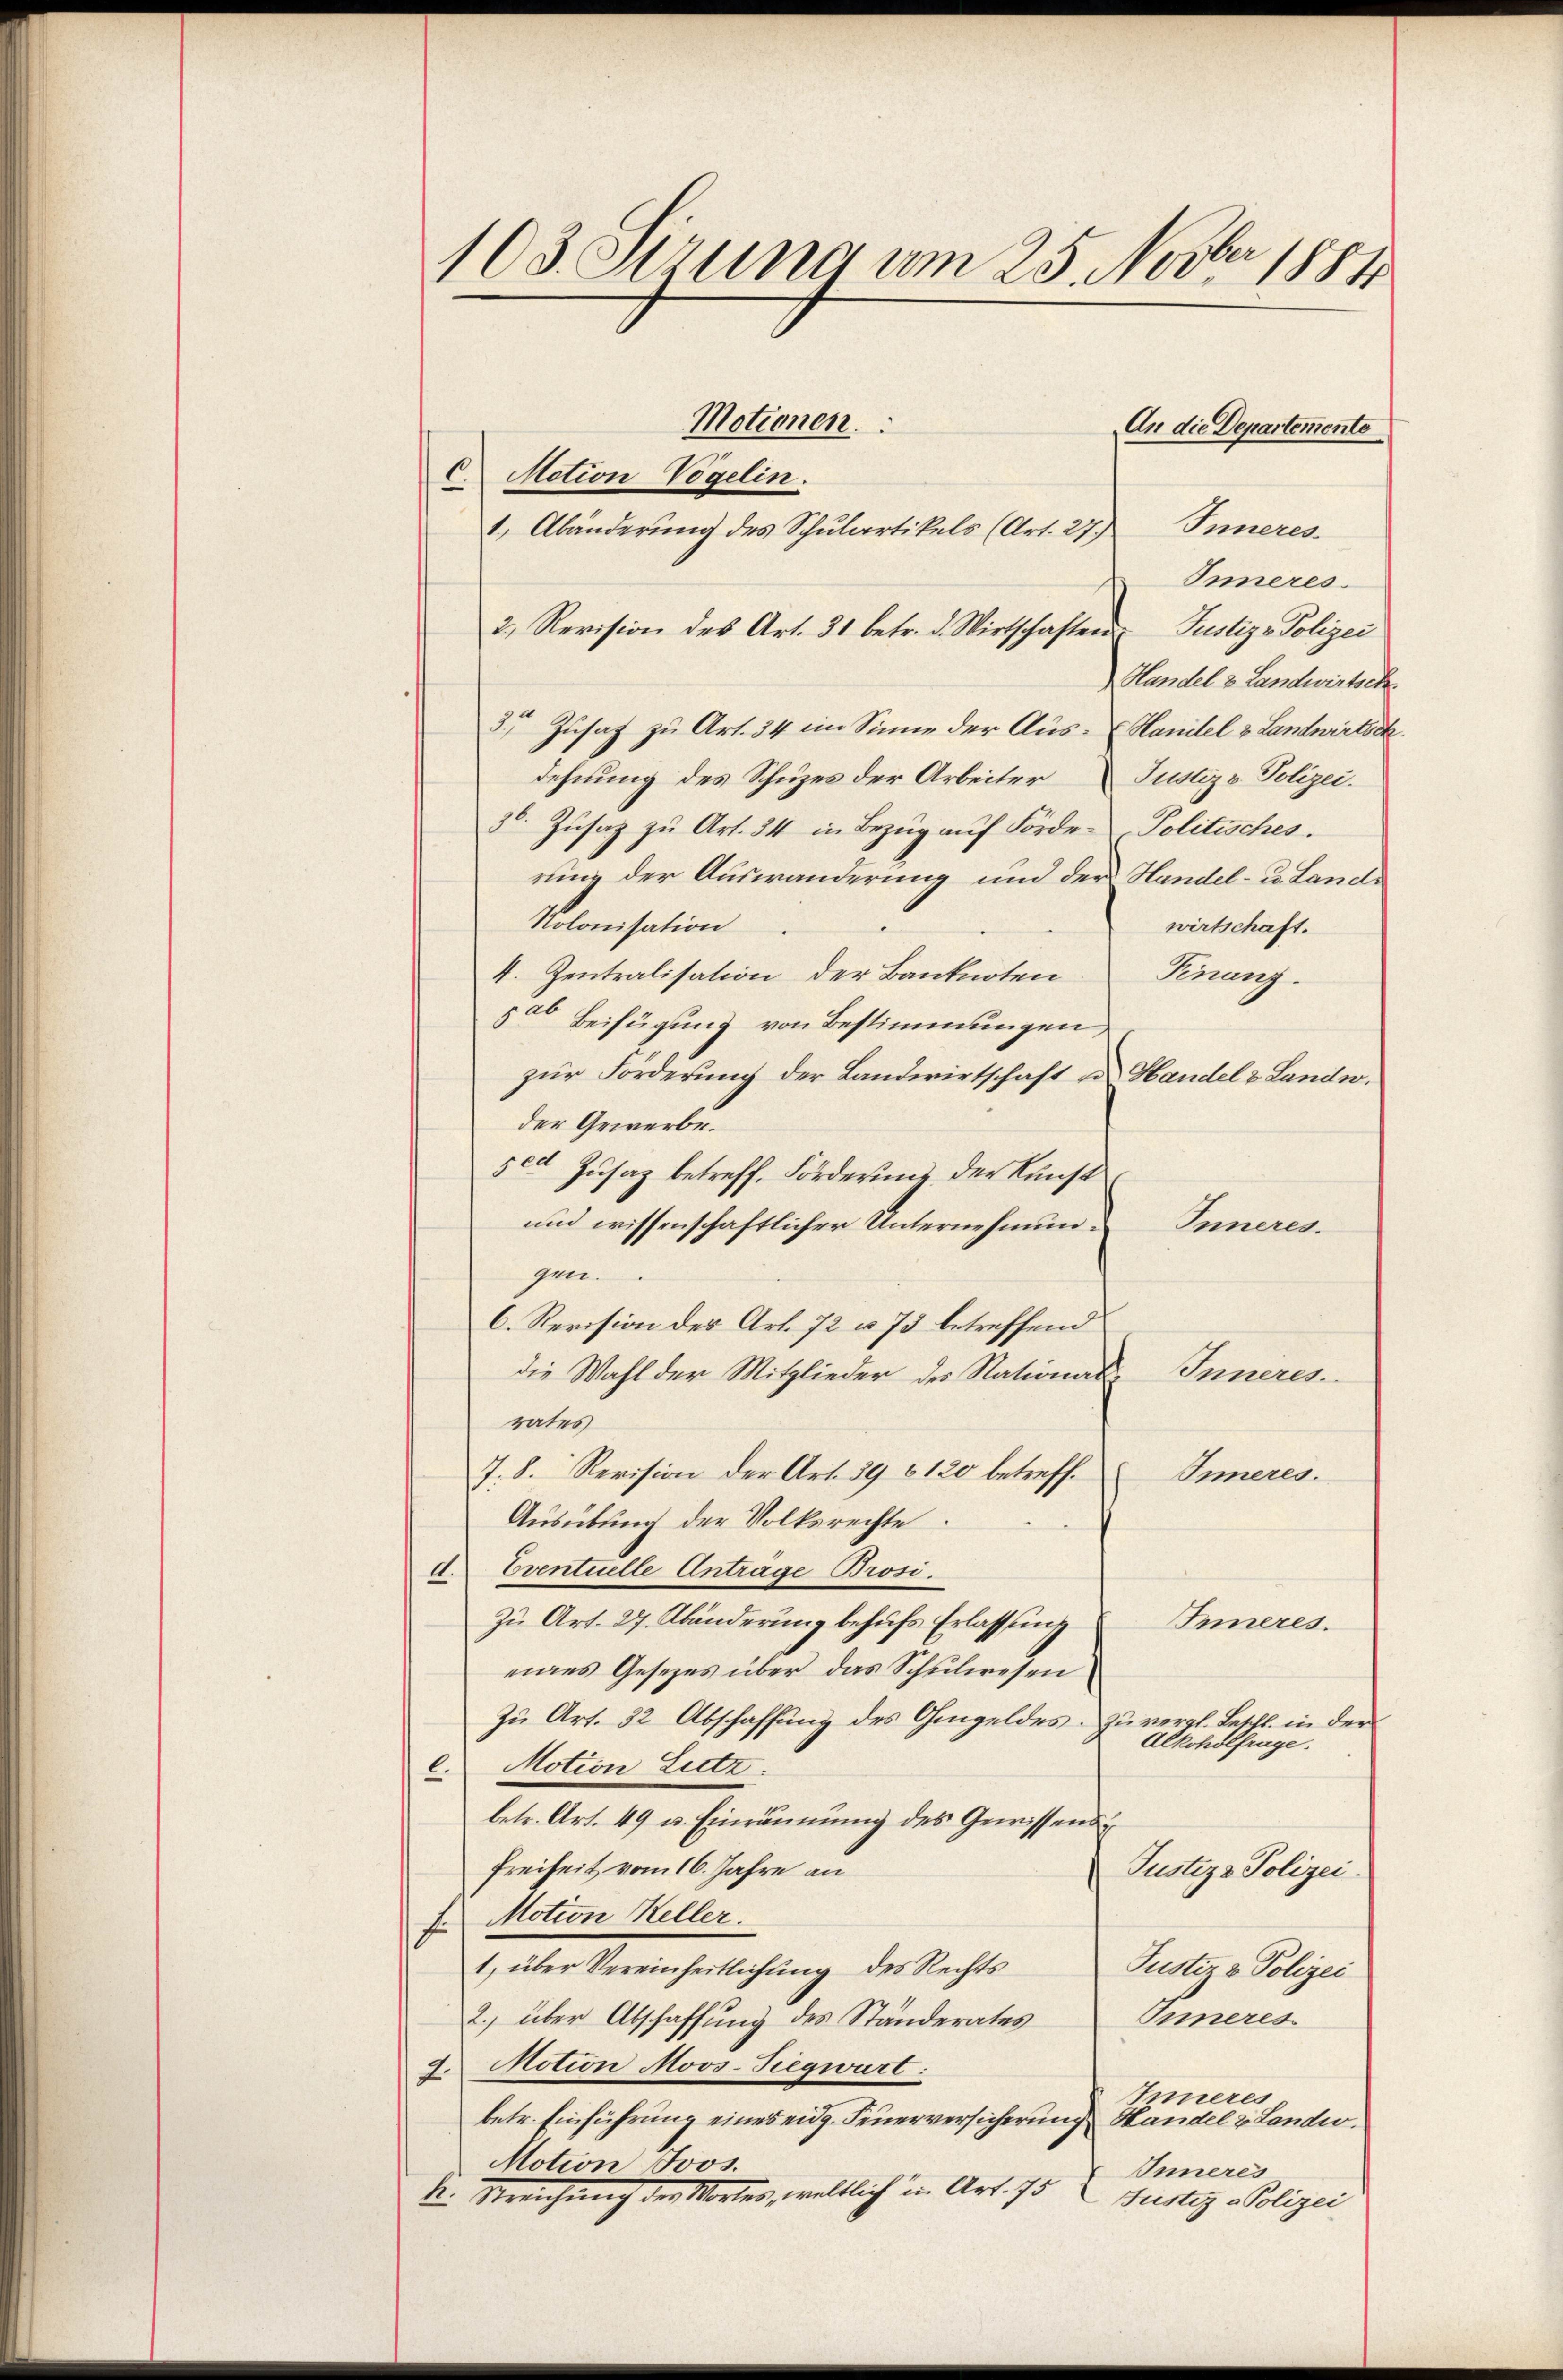
ber
103. Stzung um 25. Nov. 1884

Motionen.
An die Departemento
Nation Vogelin.
Inneres
1, Abänderung des Schulartikels (Art. 27.)
Inneres.
2, Revision des Art. 31 betr. d. Wirtschaften Justiz - Polizei
Handel & Landwirtsch
3. Zusatz zu Art. 34 im Sinne der Aus- Handel & Landwirtsch
dehnung des Schuzes der Arbeiter Justiz & Polizei.
3 Zŭsaz zu Art. 34 in Bezŭg aŭf Förde Politisches.
rung der Auswanderung und der Handel- u. Land¬
Nolonisation
wirtschaft.
4. Zentralisation der Banknoten Finanz-
500 Beifügung von Bestimmungen,
zur Förderung der Landwirtschaft an Handel & Landw.
der Gewerbe.
sed Zusaz betreff. Förderung der Kunst
und wissenschaftlicher Unternehmung Inneresgen.
6. Revision der Art. 72 u. 73 betreffend
die Wahl der Mitglieder des National- Inneres.
rates
7. 8. Revision der Art. 39 § 120 betreff.
Inneres.
Aŭsübŭng der Volksrechte.
d. Eventuelle Antrage Brosi.
Zu Art. 27. Abänderung behufs Erlassung
Inneres.
eines Gesetzes über das Schulwesen
Zu Art. 32 Abschaffung des Ohmgeldes. Zu vergl. Beschl. in der
Alkoholfrage.
e. Motion Liez
betr. Art. 49 u. Einräumung des Gewissens
Freiheit vom 16. Jahre an
Justiz & Polizei.
f Motion Keller.
1, über Vereinheitlichung des Rechts
Justiz & Polizei
Inneres
2., über Abschaffung des Ständerates
9.Notion Moos-Siegwart:
Inneres
betr. Einführung eines eidg. Feuerversicherung Handel & Landw
Motion Jos.
Inneres
k. Streichung der Wortes, weltlich in Art. 75. Justiz - Polizei